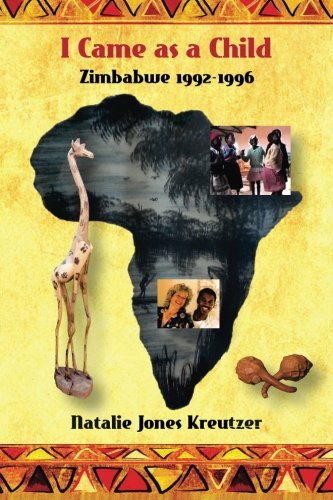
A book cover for I Came as a Child: Zimbabwe 1992-1996; Natalie Jones Kreutzer; Travel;